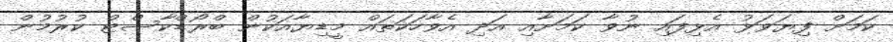
ކަމަށް ފިޔަވަޅު އެޅިފައި ނުވާ ކަމަށާއި އަދި އެވާހަކަތައް މީޑިޔާއަކުން ބްރޯޑްކާސްޓް ކުރުމުން